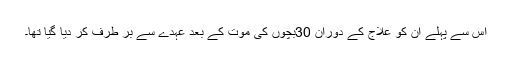
اس سے پہلے ان کو علاج کے دوران 30بچوں کی موت کے بعد عہدے سے بر طرف کر دیا گیا تھا۔